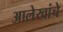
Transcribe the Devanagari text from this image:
आलेखांचे